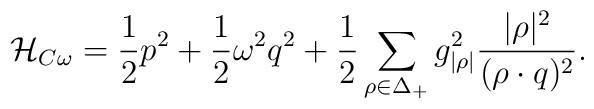
{\cal H}_{C\omega}={1\over2}p^2+{1\over2}\omega^2q^2+   {1\over2}\sum_{\rho\in\Delta_+}      {g_{|\rho|}^{2}}{|\rho|^{2}\over{(\rho\cdot q)^2}}.